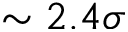
\sim 2 . 4 \sigma